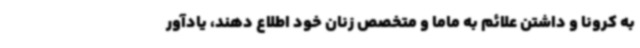
به کرونا و داشتن علائم به ماما و متخصص زنان خود اطلاع دهند، یادآور